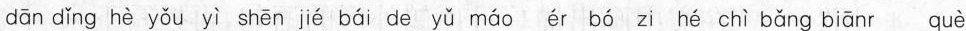
dān dǐng hè yǒu yì shēn jié bái de yǔ máo ér bó zi hé chì bǎng biānr què